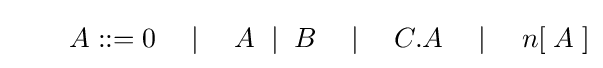
\qquad A::=0\quad \mid \quad A\;\mid \;B\quad \mid \quad C.A\quad \mid \quad n[\;A\;]